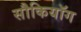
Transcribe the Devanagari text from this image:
सौकियॉग